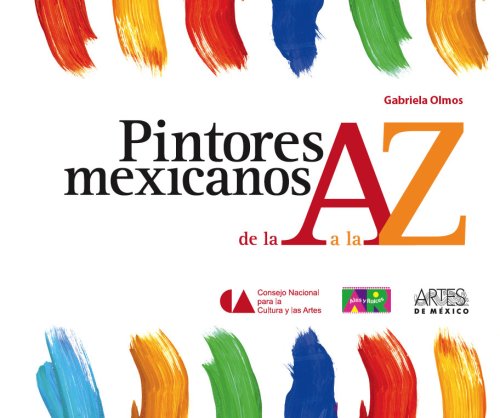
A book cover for Pintores mexicanos de la A  a la Z / Mexican Painters  from A  to Z (Libros Del Alba) (Spanish Edition); Gabriela Olmos; Children's Books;